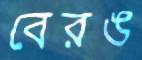
বেরঙ